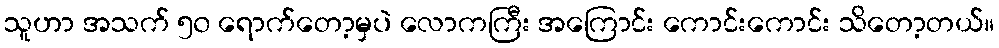
သူဟာ အသက် ၅၀ ရောက်တော့မှပဲ လောကကြီး အကြောင်း ကောင်းကောင်း သိတော့တယ်။